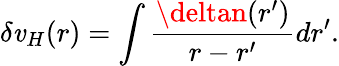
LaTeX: \delta\mathit{v}_{H}(r)=\int\frac{{\deltan(r^{\prime})}}{{r-r^{\prime}}}dr^{\prime}.